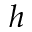
h